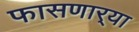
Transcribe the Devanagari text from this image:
फासणार्‍या